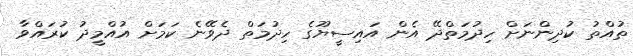
ތުއްތު ކުދިންނަށް ހިދުމަތްދޭ އެން އައިސީޔޫގެ ހިދުމަތް ދެވޭނެ ކަމަށް އުއްމީދު ކުރައްވާ